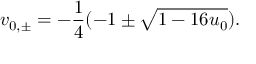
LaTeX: v _ { 0 , \pm } = - \frac { 1 } { 4 } ( - 1 \pm \sqrt { 1 - 1 6 u _ { 0 } } ) .